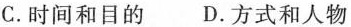
C.时间和目的 D.方式和人物